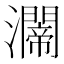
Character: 𤄇